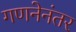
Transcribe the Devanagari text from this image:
गणनेनंतर